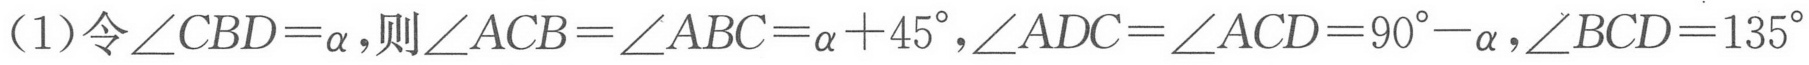
(1)令\(\angle CBD = \alpha\), 则\(\angle ACB=\angle ABC=\alpha + 45^{\circ}\), \(\angle ADC=\angle ACD = 90^{\circ}-\alpha\), \(\angle BCD = 135^{\circ}\)